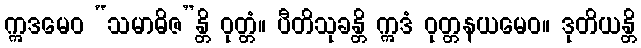
ဣဒမေဝ “သမာဓိဇ”န္တိ ဝုတ္တံ။ ပီတိသုခန္တိ ဣဒံ ဝုတ္တနယမေဝ။ ဒုတိယန္တိ